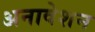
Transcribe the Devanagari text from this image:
अनावेशन